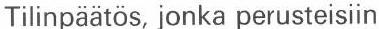
Tilinpäätös, jonka perusteisiin